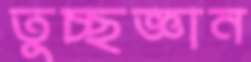
তুচ্ছজ্ঞান